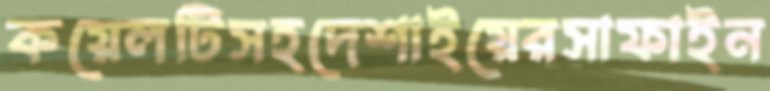
কয়েলটিসহদেশাইয়েরসাফাইন